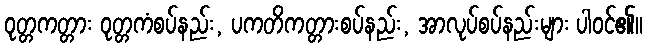
ဝုတ္တကတ္တား ဝုတ္တကံစပ်နည်း, ပကတိကတ္တားစပ်နည်း, အာလုပ်စပ်နည်းများ ပါဝင်၏။